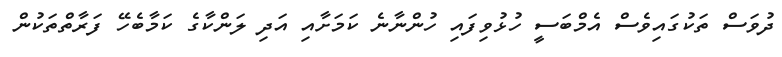
ދުވަސް ތަކުގައިވެސް އެމްބަސީ ހުޅުވިފައި ހުންނާނެ ކަމަށާއި އަދި ލަންކާގެ ކަމާބެހޭ ފަރާތްތަކުން